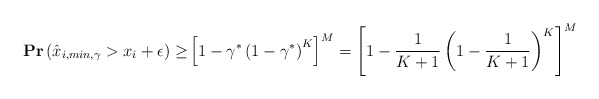
\begin{align*}\mathbf{Pr}\left(\hat{x}_{i,min,\gamma}> x_i + \epsilon\right)\geq&\left[1-\gamma^*\left(1-\gamma^*\right)^{K}\right]^M = \left[1-\frac{1}{K+1}\left(1-\frac{1}{K+1}\right)^K\right]^M\end{align*}